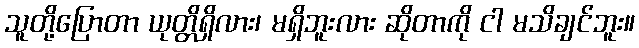
သူတို့ပြောတာ ယုတ္တိရှိလား၊ မရှိဘူးလား ဆိုတာကို ငါ မသိချင်ဘူး။